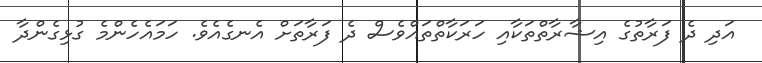
އަދި ދެ ފަރާތުގެ އިޝާރާތްތަކާއި ހަރަކާތްތައްވެސް ދެ ފަރާތަށް އެނގެއެވެ. ހަމައެހެންމެ ގުޅިގެންދާ